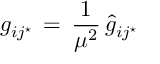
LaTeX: g _ { i j ^ { \star } } \, = \, { \frac { 1 } { \mu ^ { 2 } } } \, { \hat { g } } _ { i j ^ { \star } }